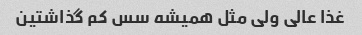
غذا عالی ولی مثل همیشه سس کم گذاشتین